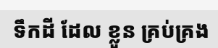
ទឹកដី ដែល ខ្លួន គ្រប់គ្រង